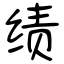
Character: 绩